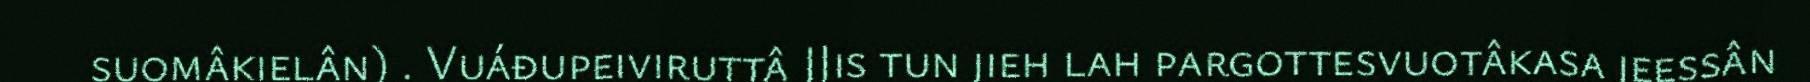
suomâkielân) . Vuáđupeiviruttâ JJis tun jieh lah pargottesvuotâkasa jeessân